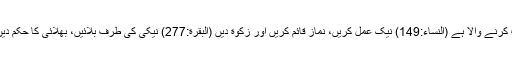
بھلائی اور نیکی اگر تم بھلائی کرو یا کم از کم بُرائی سے درگزر کرو تو اللہ بڑا معاف کرنے والا ہے (النساء:149) نیک عمل کریں، نماز قائم کریں اور زکوٰة دیں (البقرة:277) نیکی کی طرف بلائیں، بھلائی کا حکم دیں اور برائیوں سے روکتے رہے (آلِ عمران:104) ماں باپ کے ساتھ نیک برتا ؤ کرو۔